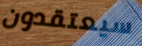
سيعتقدون